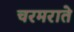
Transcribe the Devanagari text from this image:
चरमराते